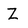
Character: Z